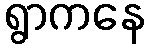
ရွာကနေ